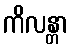
ကိလန္တာ